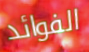
الفوائد